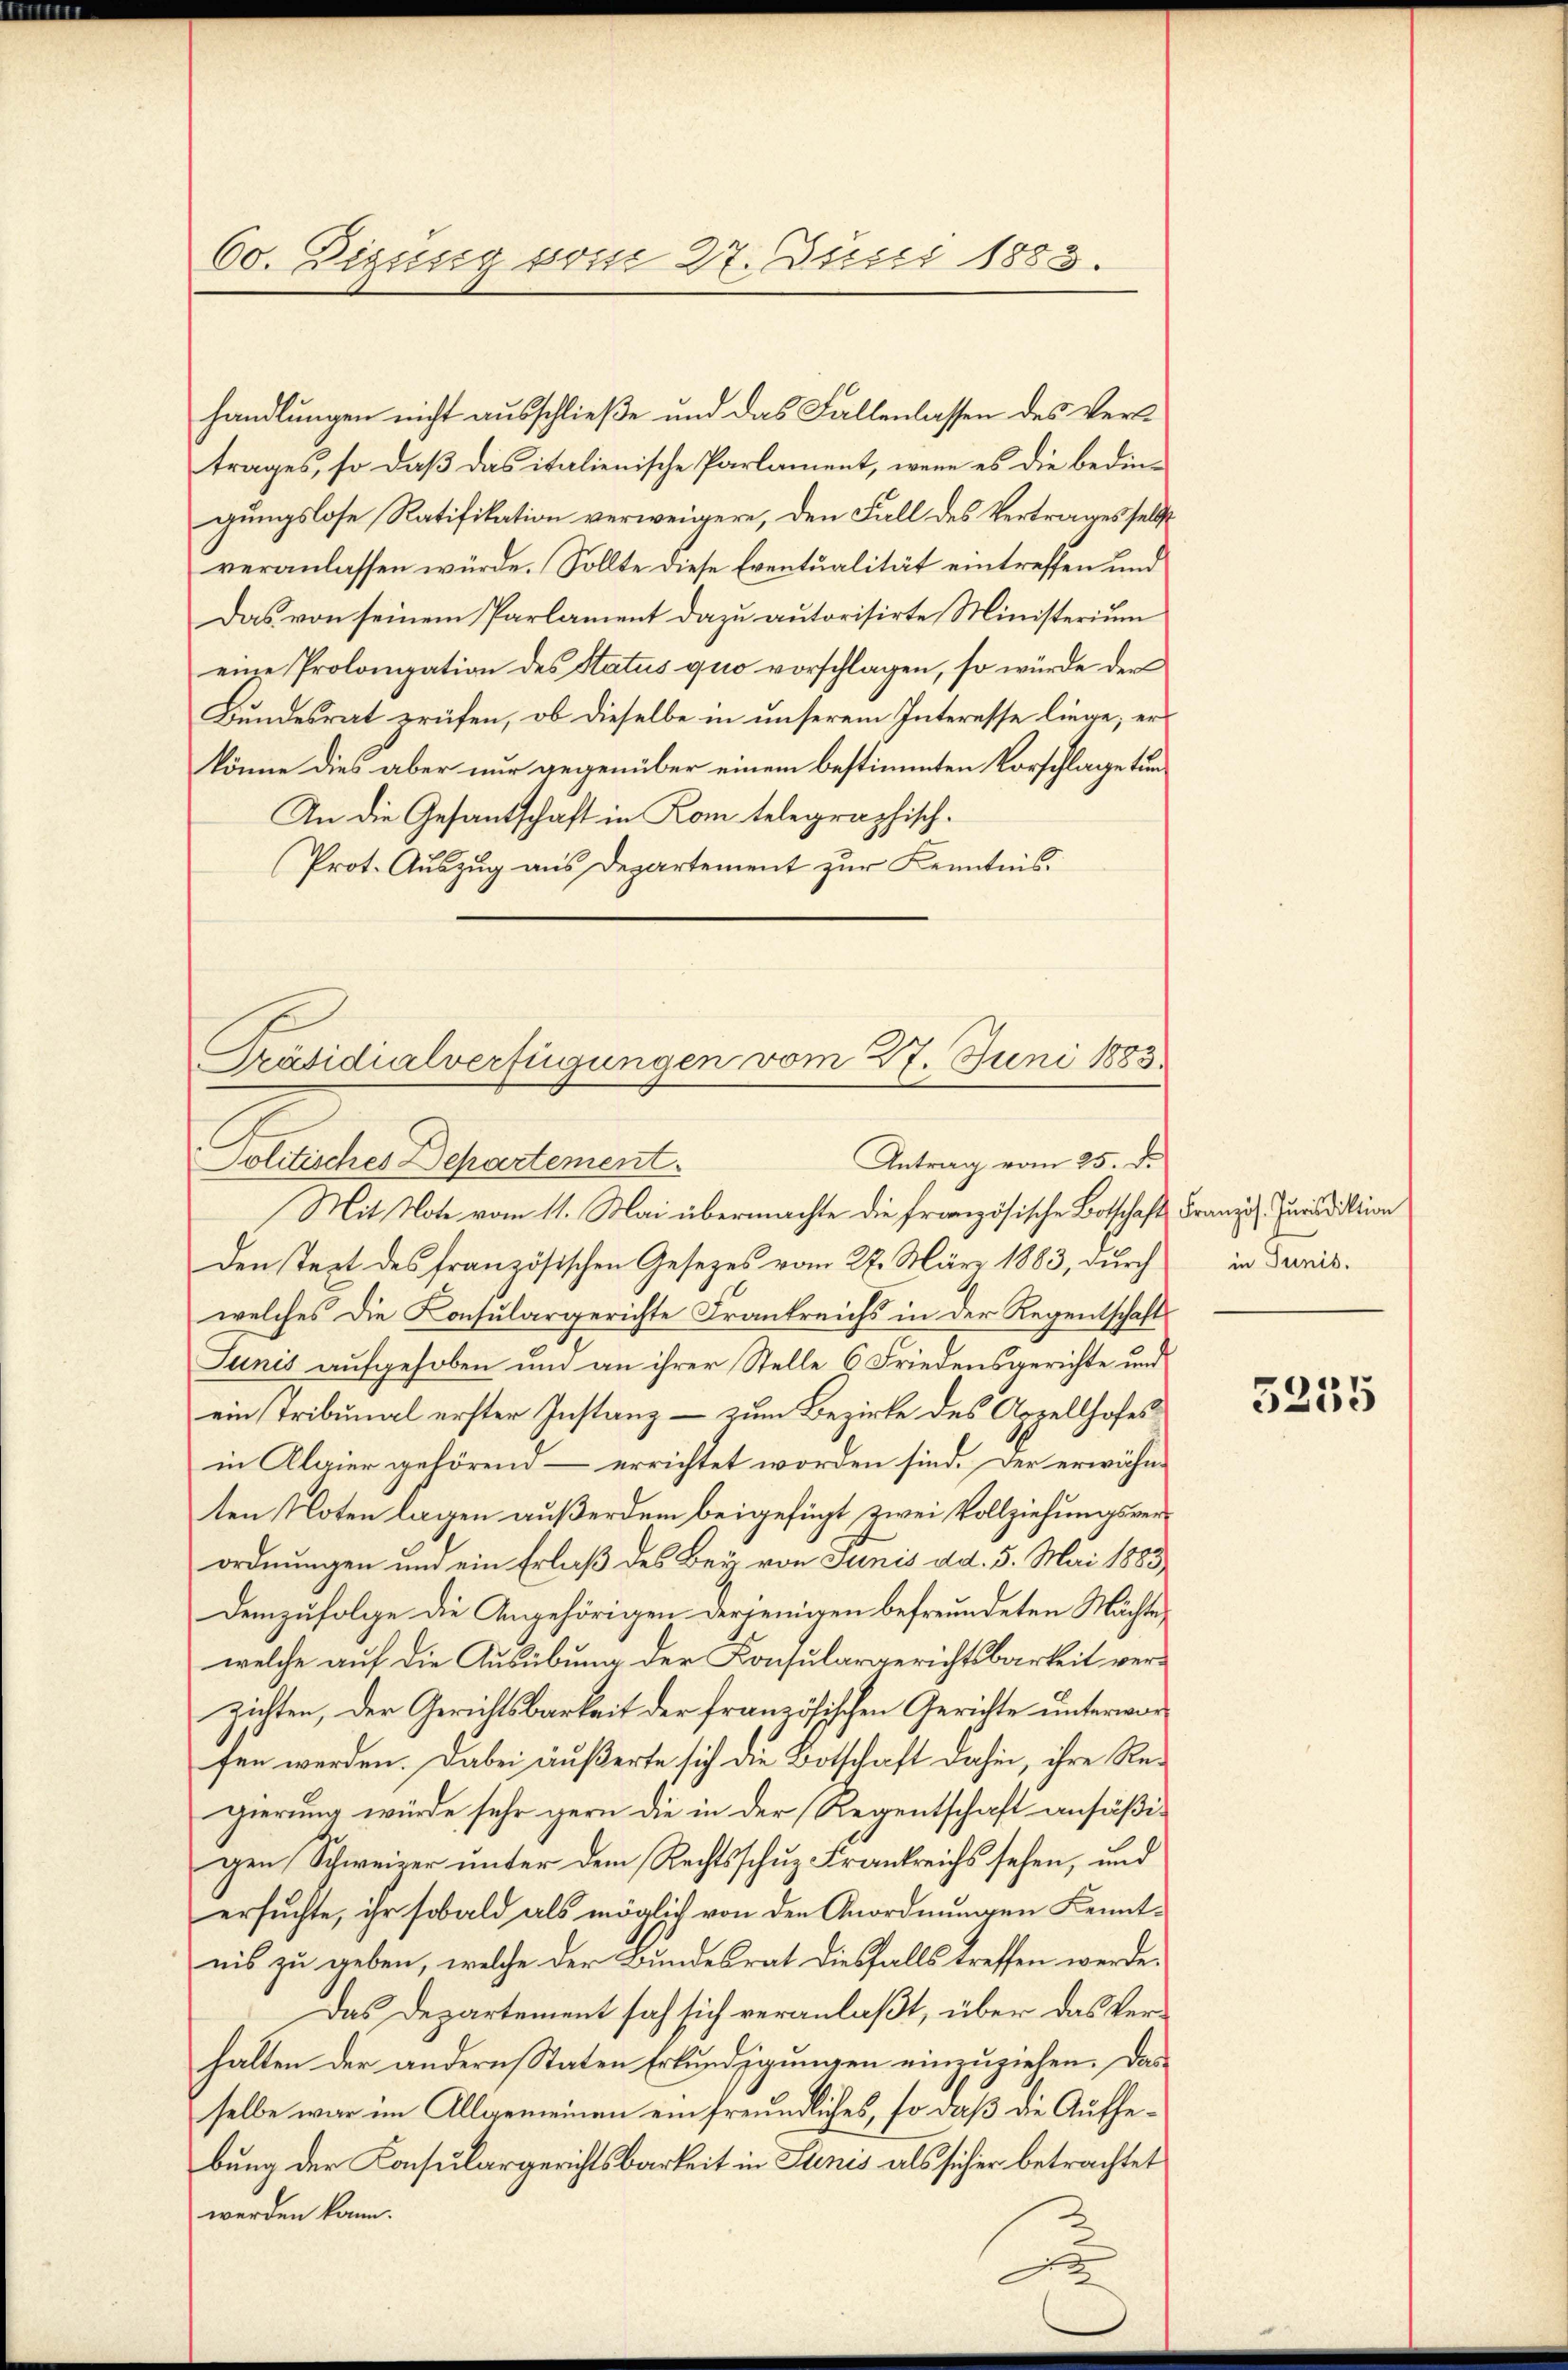
60. Digung vom 27. Jucci 1883.

handlungen nicht ausschließe und das Fallenlassen des Vertrages, so daß das italienische Parlament, wenn es die bedingungslose Ratifikation verweigere, den Fall des Vertrages selbst
veranlassen würde. Sollte diese Eventualität eintreffen und
Das von seinem Parlament dazu autorisirte Ministerium
eine Prolongation des Status quo vorschlagen, so würde der
Bundesrat prüfen, ob dieselbe in unserem Interesse liege; er
könne dies aber nur gegenüber einem bestimmten Vorschlage tun
An die Gesandtschaft in Kom telegraphisch¬
Prot. Auszug aus Departement zur Kenntnis.
Mit Note vom 11. Mai übermachte die französische Botschaft
Den Text des französischen Gesetzes vom 27. März 1883, durch
welches die Konsulargerichte Frankreichs in der Regentschaft
Junis aufgehoben und an ihrer Stelle 6 Friedensgerichte und
ein Tribunal erster Instanz – zum Bezirke des Appellhofes
in Algier gehörend – errichtet worden sind. Der erwähnten Noten lagen außerdem beigefügt zwei Vollziehungsverordnungen und ein Erlaß des Bey von Junis dd. 5. Mai 1883
Demzufolge die Angehörigen derjenigen befreundeten Mächte,
welche auf die Ausübung der Konsulargerichtsbarkeit verzichten, der Gerichtsbarkeit der französischen Gerichte unterworfen werden. Dabei äußerte sich die Botschaft dahin, ihre Regierung würde sehr gern die in der Regentschaft ansäßigen Schweizer unter dem Rechtsschuz Frankreichs sehen, und
ersuchte, ihr sobald als möglich von den Anordnungen Kenntnis zu geben, welche der Bundesrat diesfalls treffen werde.
Das Departement sah sich veranlaßt, über das Verhalten der andern Staten Erkundigungen einzuziehen. Das
selbe war im Allgemeinen ein freundliches, so daß die Aufhebung der Konsulargerichtsbarkeit in Stenis als sicher betrachtet
werden kann.

Präsidialverfügungen vom 27. Juni 1883.
Antrag vom 25. d.
Politisches Departement.

Französ. Jurisdiktion
in Junis.

3235